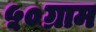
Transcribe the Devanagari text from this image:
५०ग्राम